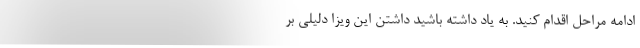
ادامه مراحل اقدام کنید. به یاد داشته باشید داشتن این ویزا دلیلی بر